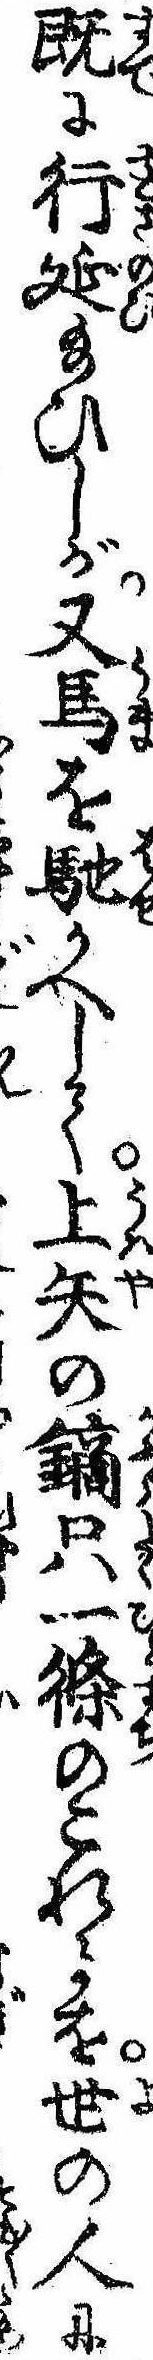
既に行延給ひしが又馬を馳かへして上矢の鏑只一条のこれるを世の人に